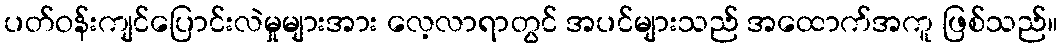
ပတ်ဝန်းကျင်ပြောင်းလဲမှုများအား လေ့လာရာတွင် အပင်များသည် အထောက်အကူ ဖြစ်သည်။